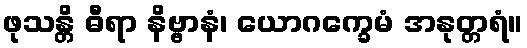
ဖုသန္တိ ဓီရာ နိဗ္ဗာနံ၊ ယောဂက္ခေမံ အနုတ္တရံ။